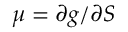
\mu = \partial g / \partial S